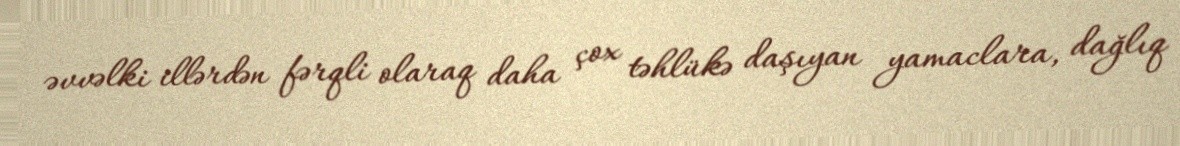
əvvəlki illərdən fərqli olaraq daha çox təhlükə daşıyan yamaclara, dağlıq